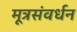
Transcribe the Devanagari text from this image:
मूत्रसंवर्धन